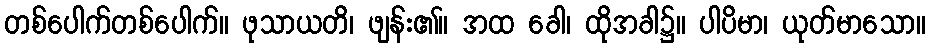
တစ်ပေါက်တစ်ပေါက်။ ဖုသာယတိ၊ ဖျန်း၏။ အထ ခေါ၊ ထိုအခါ၌။ ပါပိမာ၊ ယုတ်မာသော။